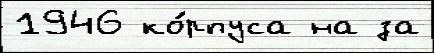
1946 ко́рпуса на за